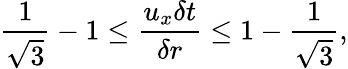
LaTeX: \frac{1}{\sqrt{3}}-1\leq\frac{u_{x}\delta t}{\delta r}\leq 1-\frac{1}{\sqrt{3}},